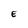
Character: E